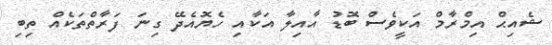
ޝެއިޙް އިމްރާމް އަކީވެސް ބޮޑު އާއިލާ އަކާއި ހެޔޮއެދޭ ގިނަ ފަރާތްތަކެއް ތިބި